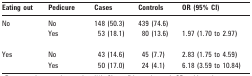
<table><thead><tr><td><b>Eating out</b></td><td><b>Pedicure</b></td><td><b>Cases</b></td><td><b>Controls</b></td><td><b>OR (95% CI)</b></td></tr></thead><tbody><tr><td>No</td><td>No</td><td>148 (50.3)</td><td>439 (74.6)</td><td></td></tr><tr><td></td><td>Yes</td><td>53 (18.1)</td><td>80 (13.6)</td><td>1.97 (1.70 to 2.97)</td></tr><tr><td>Yes</td><td>No</td><td>43 (14.6)</td><td>45 (7.7)</td><td>2.83 (1.75 to 4.59)</td></tr><tr><td></td><td>Yes</td><td>50 (17.0)</td><td>24 (4.1)</td><td>6.18 (3.59 to 10.84)</td></tr></tbody></table>